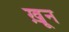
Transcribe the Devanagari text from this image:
ख़़ून